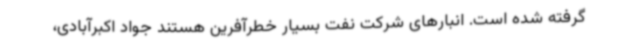
گرفته شده است. انبارهای شرکت نفت بسیار خطرآفرین هستند جواد اکبرآبادی،